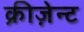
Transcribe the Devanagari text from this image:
क्रीज़ेन्ट